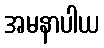
အမနာပါယ